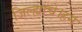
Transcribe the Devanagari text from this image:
जिल्ह्याचे।हन